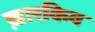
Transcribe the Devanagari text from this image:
ख़ारकिव